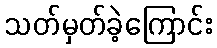
သတ်မှတ်ခဲ့ကြောင်း